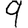
Digit: 9